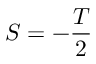
S = - \frac T 2